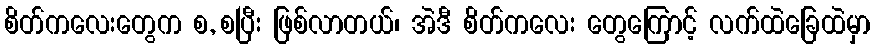
စိတ်ကလေးတွေက စ, စပြီး ဖြစ်လာတယ်၊ အဲဒီ စိတ်ကလေး တွေကြောင့် လက်ထဲခြေထဲမှာ